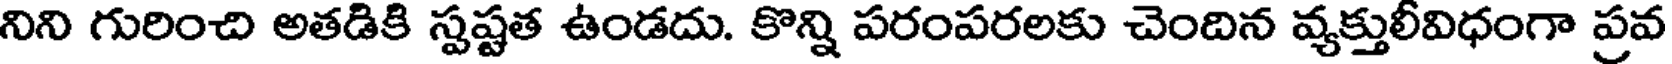
నిని గురించి అతడికి స్పష్టత ఉండదు. కొన్ని పరంపరలకు చెందిన వ్యక్తులీవిధంగా ప్రవ